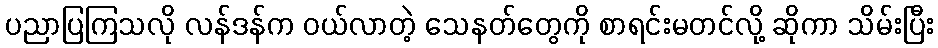
ပညာပြကြသလို လန်ဒန်က ဝယ်လာတဲ့ သေနတ်တွေကို စာရင်းမတင်လို့ ဆိုကာ သိမ်းပြီး